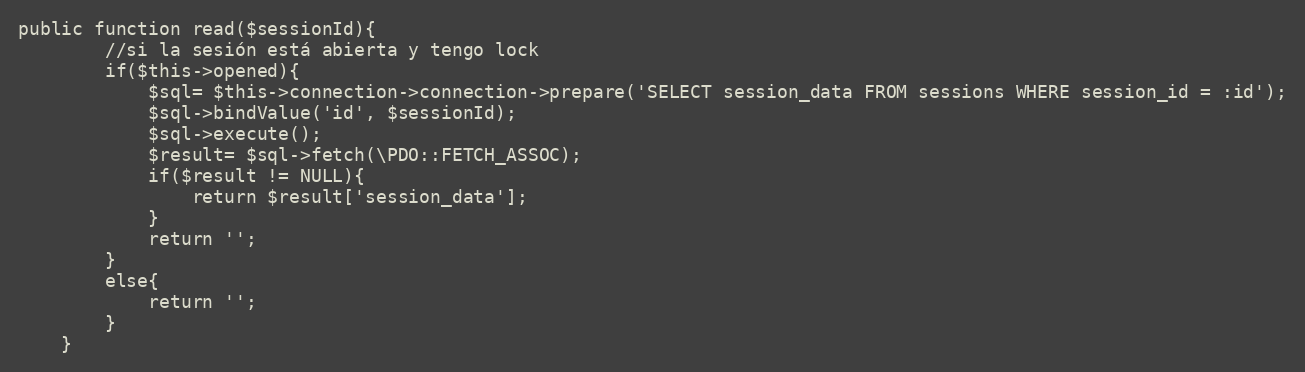
Language: PHP
public function read($sessionId){
        //si la sesión está abierta y tengo lock
        if($this->opened){
            $sql= $this->connection->connection->prepare('SELECT session_data FROM sessions WHERE session_id = :id');
            $sql->bindValue('id', $sessionId);
            $sql->execute();
            $result= $sql->fetch(\PDO::FETCH_ASSOC);
            if($result != NULL){
                return $result['session_data'];
            }
            return '';
        }
        else{
            return '';
        }
    }